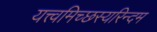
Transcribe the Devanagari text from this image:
यत्त्वमिच्छस्यरिन्दम